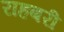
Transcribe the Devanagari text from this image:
राहबरी